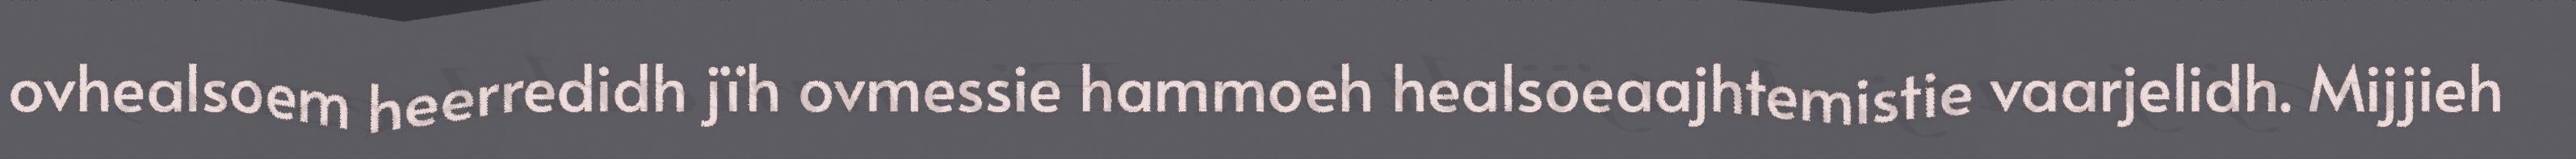
ovhealsoem heerredidh jïh ovmessie hammoeh healsoeaajhtemistie vaarjelidh. Mijjieh